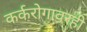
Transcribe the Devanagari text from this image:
कर्करोगावरही